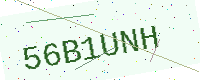
Text: 56B1UNH